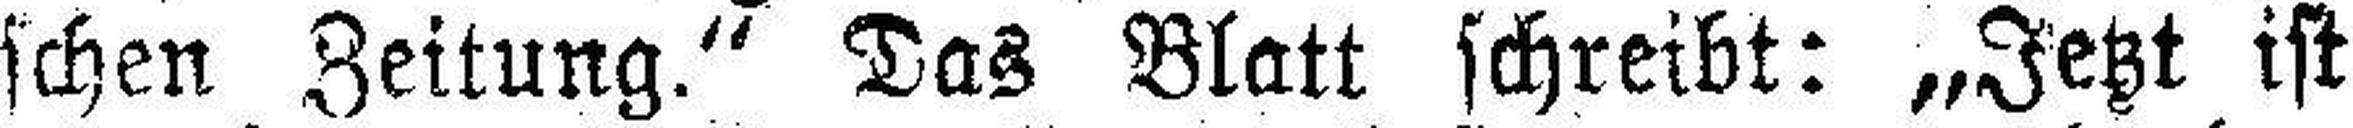
schen Zeitung.“ Das Blatt schreibt: „Jetzt ist